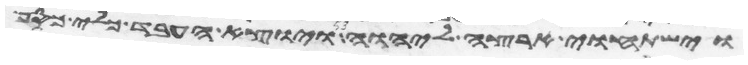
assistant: וישתחוי ארצה ליהוה ויוצא העבד כלי כסף